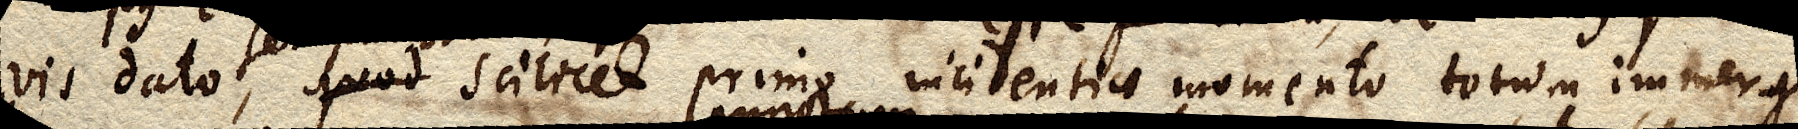
vis dato, quod scilicet primo incidentiae momento totum immergi